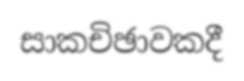
සාකචිඡාවකදී